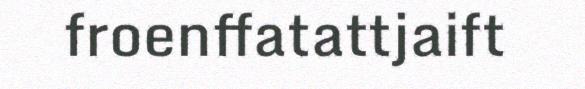
froenffatattjaift